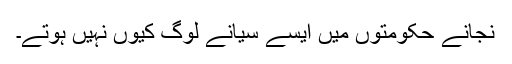
نجانے حکومتوں میں ایسے سیانے لوگ کیوں نہیں ہوتے۔